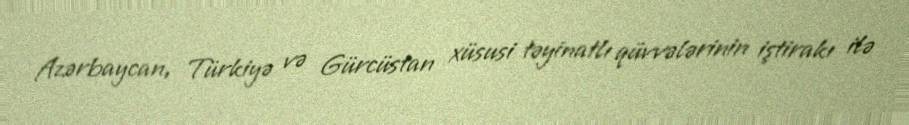
Azərbaycan, Türkiyə və Gürcüstan xüsusi təyinatlı qüvvələrinin iştirakı ilə